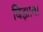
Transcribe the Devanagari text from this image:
बिँझावा